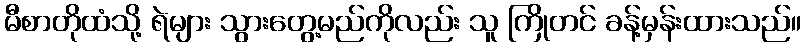
မီစာတိုထံသို့ ရဲများ သွားတွေ့မည်ကိုလည်း သူ ကြိုတင် ခန့်မှန်းထားသည်။